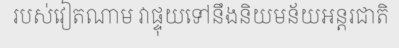
របស់វៀតណាម វាផ្ទុយទៅនឹងនិយមន័យអន្តរជាតិ